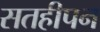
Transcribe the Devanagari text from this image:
सतहीपन